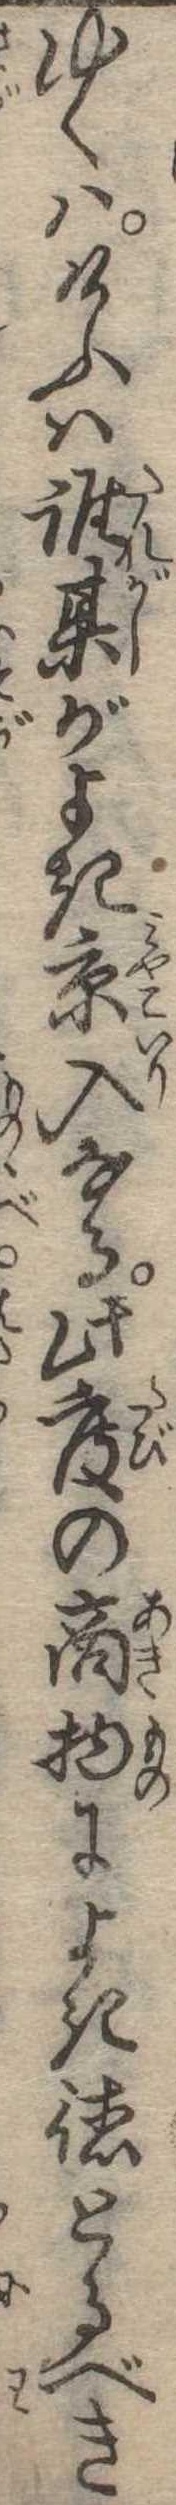
ゆくはけふは誰某がよき京入なる此度の商物によき徳とるべき